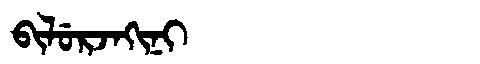
Manchu: ᠪᡳᠯᡠᡵᠵᠠᡴᡳᠨᡳ
Romanization: BILURJAKINI